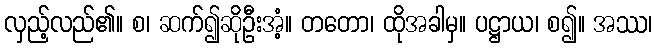
လှည့်လည်၏။ စ၊ ဆက်၍ဆိုဦးအံ့။ တတော၊ ထိုအခါမှ။ ပဋ္ဌာယ၊ စ၍။ အဿ၊